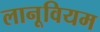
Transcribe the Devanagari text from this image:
लानूवियम